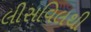
લીસવિલથી